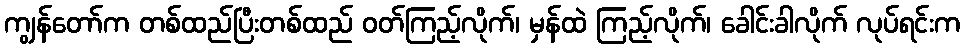
ကျွန်တော်က တစ်ထည်ပြီးတစ်ထည် ဝတ်ကြည့်လိုက်၊ မှန်ထဲ ကြည့်လိုက်၊ ခေါင်းခါလိုက် လုပ်ရင်းက